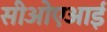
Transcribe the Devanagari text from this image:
सीओएआई